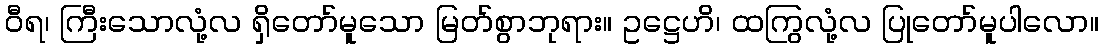
ဝီရ၊ ကြီးသောလုံ့လ ရှိတော်မူသော မြတ်စွာဘုရား။ ဥဋ္ဌေဟိ၊ ထကြွလုံ့လ ပြုတော်မူပါလော။